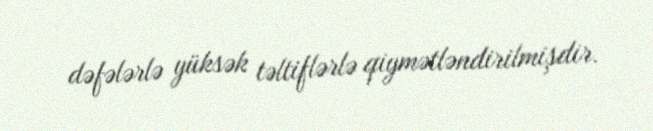
dəfələrlə yüksək təltiflərlə qiymətləndirilmişdir.